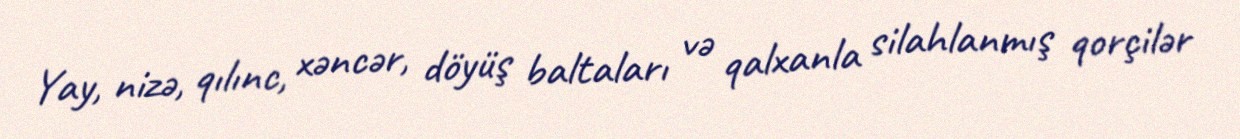
Yay, nizə, qılınc, xəncər, döyüş baltaları və qalxanla silahlanmış qorçilər